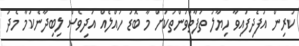
ކުރިން އުފެދިފައިވާ ހިޔާލު ތަފާތުވުންތަކަށް މާ ބޮޑު ހައްލެއް އަދިވެސް ލިބިދާނެކަމާ މެދު